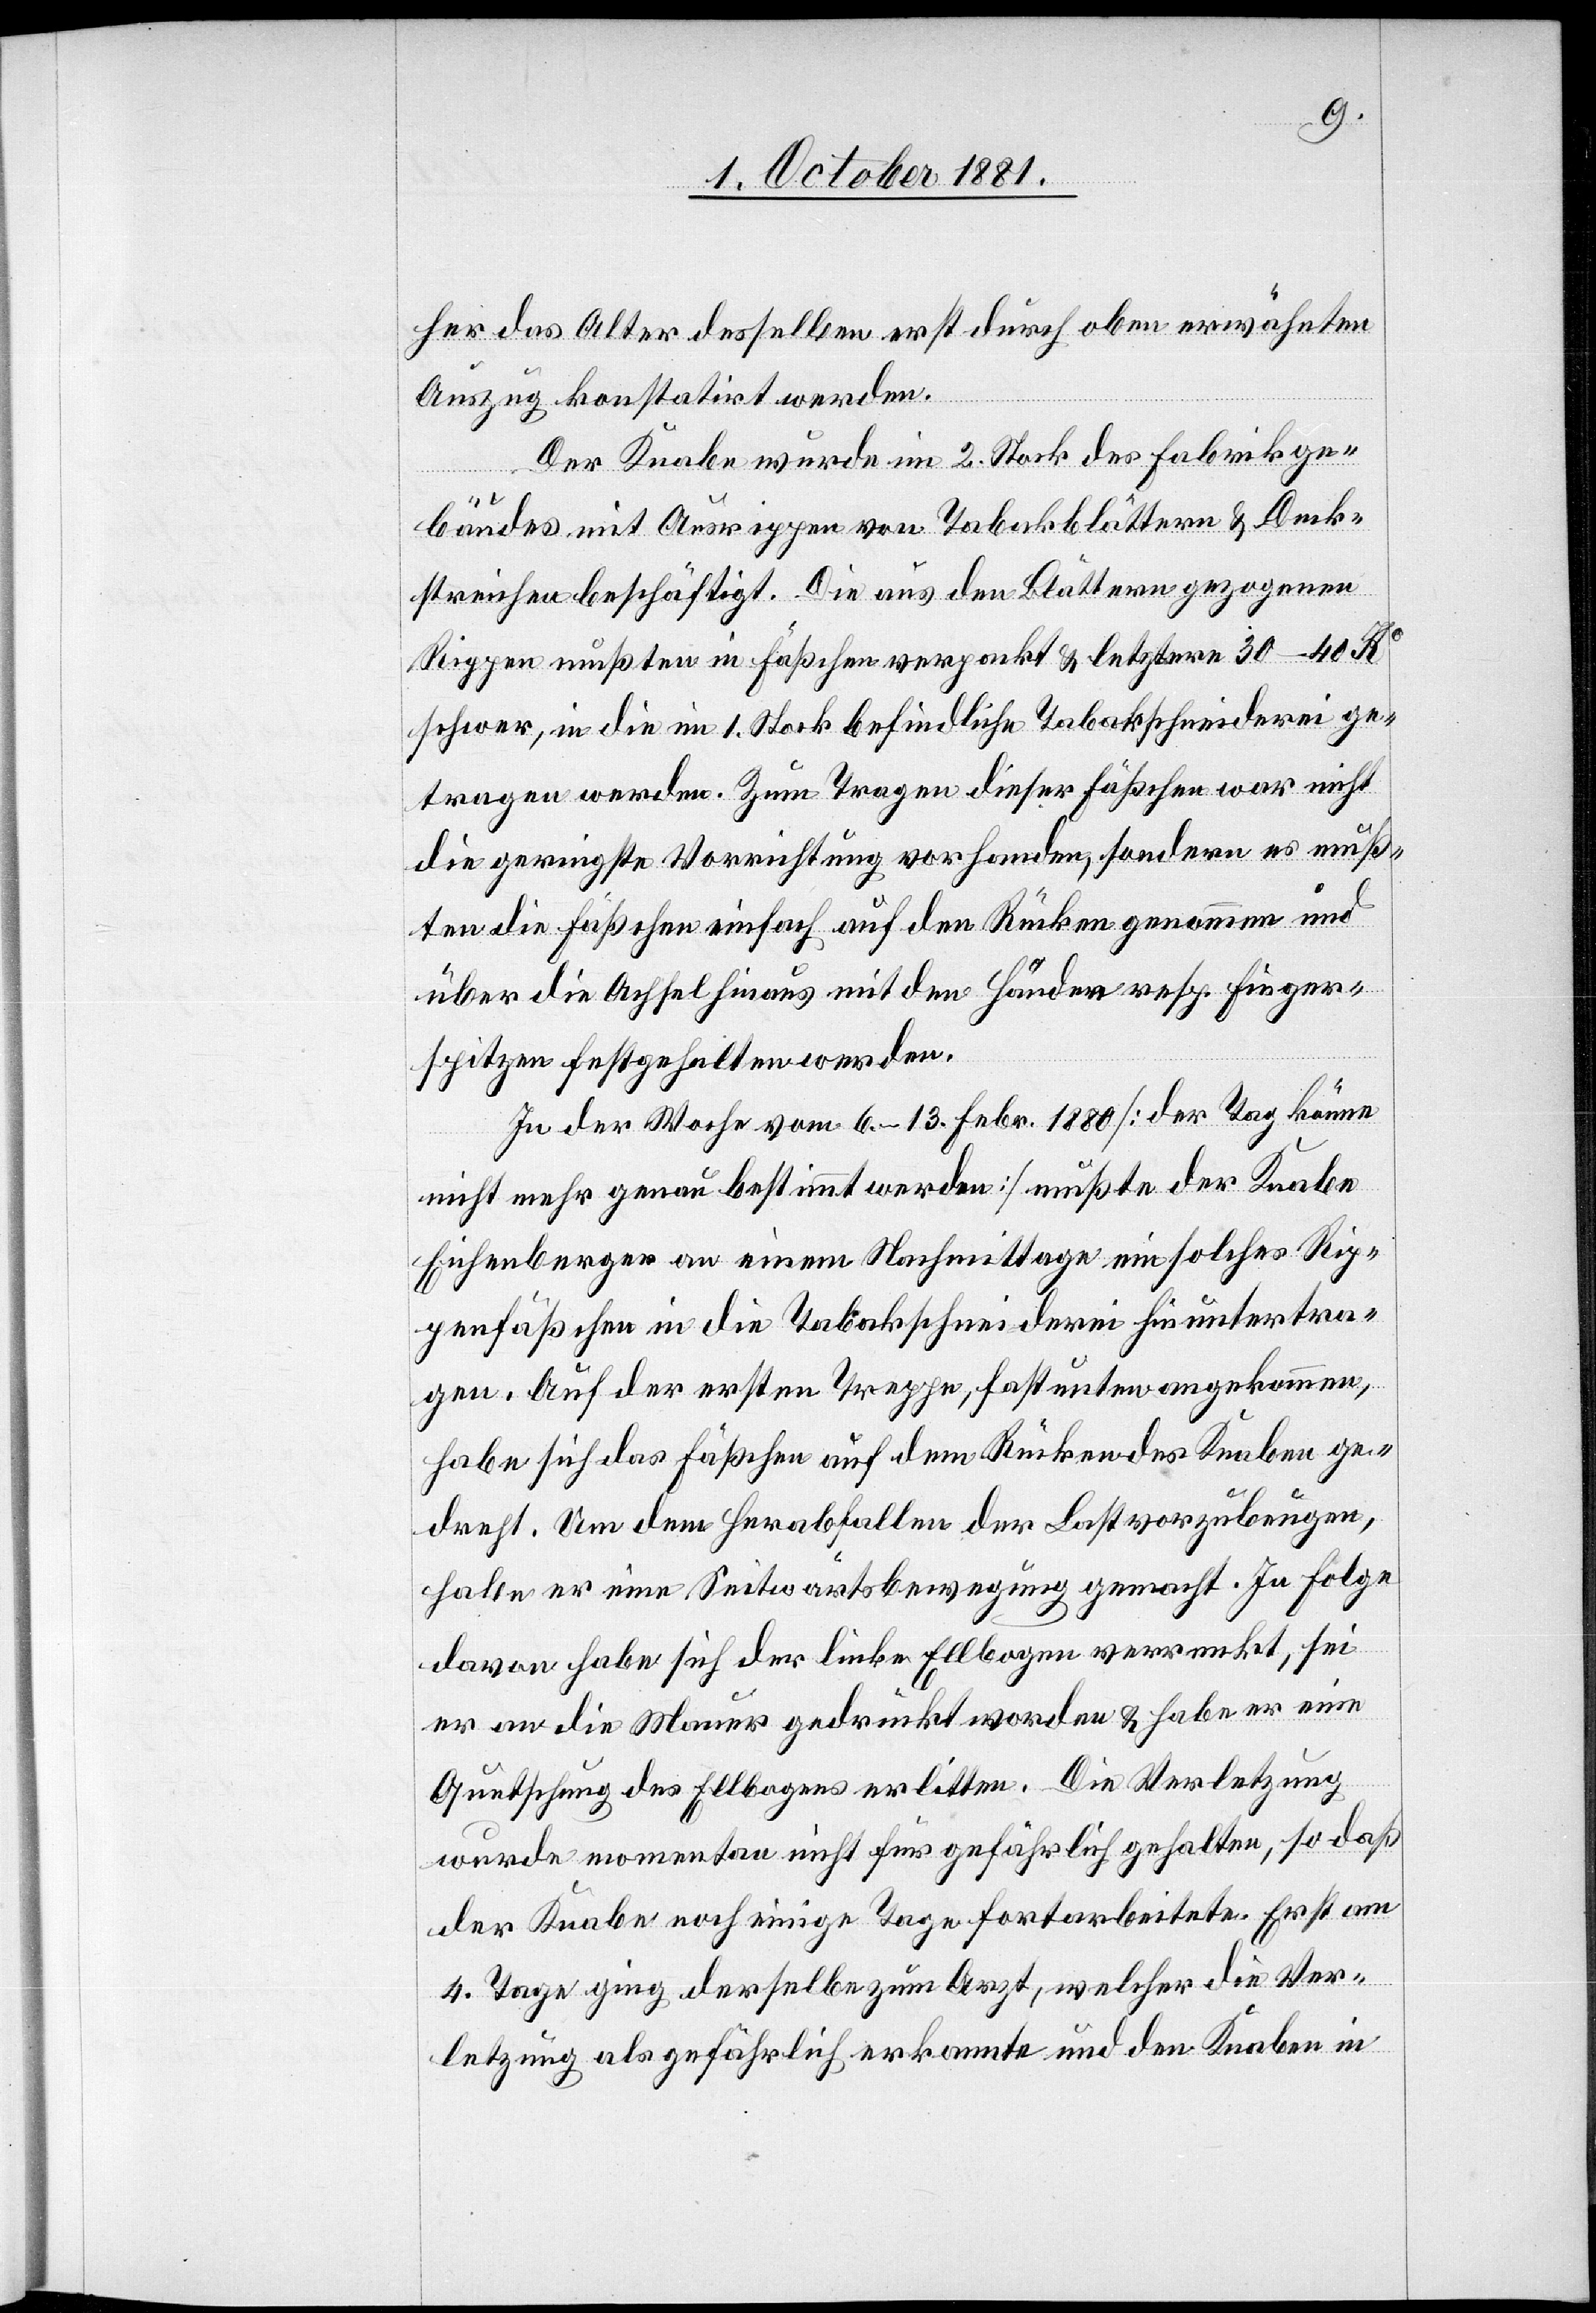
her das Alter desselben erst durch oben erwähnten
Auszug konstatirt werden.
Der Knabe wurde im 2. Stock des Fabrikge¬
bäudes mit Ausrippen von Tabakblättern & Deck¬
streichen beschäftigt. Die aus den Blättern gezogenen
Rippen mußten in Fäßchen verpackt & letztere 30–40 Ko
schwer, in die im 1. Stock befindliche Tabakschneiderei ge¬
tragen werden. Zum Tragen dieser Fäßchen war nicht
die geringste Vorrichtung vorhanden, sondern es muß¬
ten die Fäßchen einfach auf den Rücken genommen und
über die Achsel hinaus mit den Händen resp. Finger¬
spitzen festgehalten werden.
In der Woche vom 6.–13. Febr. 1880 [der Tag könne
nicht mehr genau bestimmt werden] mußte der Knabe
Eichenberger an einem Nachmittage ein solches Rip¬
penfäßchen in die Tabakschneiderei hinuntertra¬
gen. Auf der ersten Treppe, fast unten angekommen,
habe sich das Fäßchen auf dem Rücken des Knaben ge¬
dreht. Um dem Herabfallen der Last vorzubeugen,
habe er eine Seitwärtsbewegung gemacht. In Folge
davon habe sich der linke Ellbogen verrenkt, sei
er an die Mauer gedrückt worden & habe er eine
Quetschung des Ellbogens erlitten. Die Verletzung
wurde momentan nicht für gefährlich gehalten, so daß
der Knabe noch einige Tage fortarbeitete. Erst am
4. Tage ging derselbe zum Arzt, welcher die Ver¬
letzung als gefährlich erkannte und den Knaben in